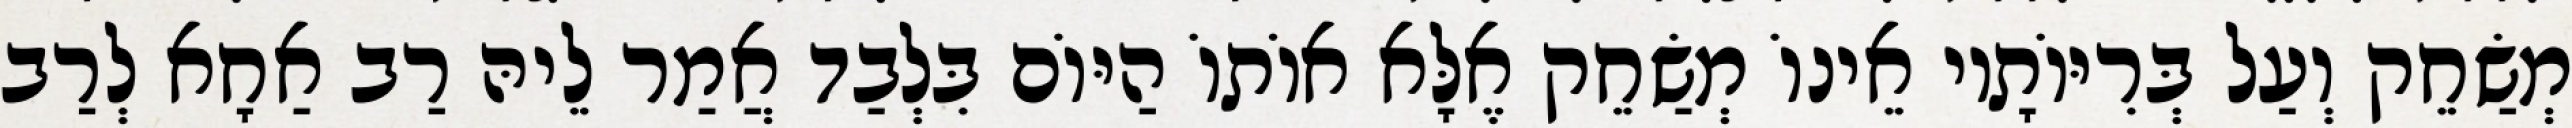
מְשַׂחֵק וְעַל בְּרִיּוֹתָיו אֵינוֹ מְשַׂחֵק אֶלָּא אוֹתוֹ הַיּוֹם בִּלְבַד אֲמַר לֵיהּ רַב אַחָא לְרַב